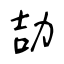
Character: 劼